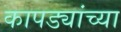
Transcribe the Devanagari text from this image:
कापड्यांच्या